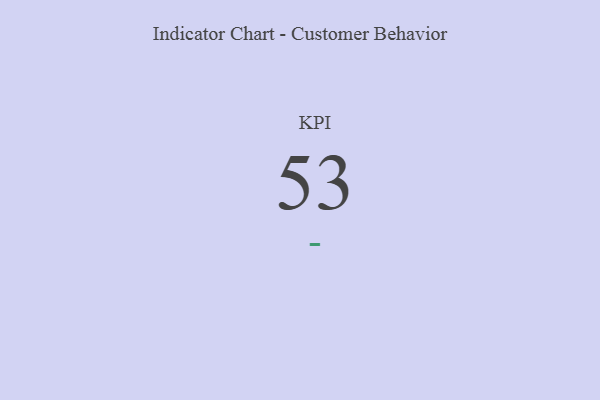
{"axis": {"x": "KPI", "y": "Value"}, "legend": [""], "data": [{"x": "KPI", "y": 53, "type": ""}]}